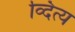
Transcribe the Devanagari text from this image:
व्दित्य